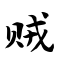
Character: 贼